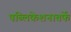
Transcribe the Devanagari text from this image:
पब्लिकेशनातर्फे